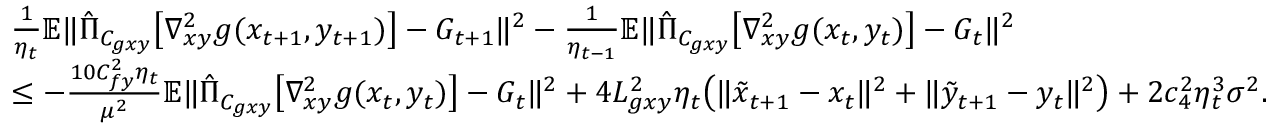
\begin{array} { r l } & { \frac { 1 } { \eta _ { t } } \mathbb { E } \| \hat { \Pi } _ { C _ { g x y } } \big [ \nabla _ { x y } ^ { 2 } g ( x _ { t + 1 } , y _ { t + 1 } ) \big ] - G _ { t + 1 } \| ^ { 2 } - \frac { 1 } { \eta _ { t - 1 } } \mathbb { E } \| \hat { \Pi } _ { C _ { g x y } } \big [ \nabla _ { x y } ^ { 2 } g ( x _ { t } , y _ { t } ) \big ] - G _ { t } \| ^ { 2 } } \\ & { \leq - \frac { 1 0 C _ { f y } ^ { 2 } \eta _ { t } } { \mu ^ { 2 } } \mathbb { E } \| \hat { \Pi } _ { C _ { g x y } } \big [ \nabla _ { x y } ^ { 2 } g ( x _ { t } , y _ { t } ) \big ] - G _ { t } \| ^ { 2 } + 4 L _ { g x y } ^ { 2 } \eta _ { t } \big ( \| \tilde { x } _ { t + 1 } - x _ { t } \| ^ { 2 } + \| \tilde { y } _ { t + 1 } - y _ { t } \| ^ { 2 } \big ) + 2 c _ { 4 } ^ { 2 } \eta _ { t } ^ { 3 } \sigma ^ { 2 } . } \end{array}